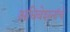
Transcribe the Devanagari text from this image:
अधिवेशनांचे